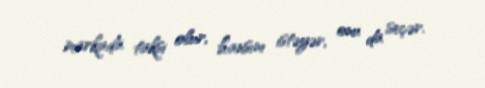
markada taksi olur, hansını istəyər, onu da seçər.